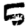
Digit: 5